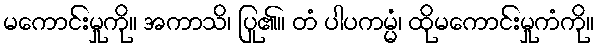
မကောင်းမှုကို။ အကာသိ၊ ပြု၏။ တံ ပါပကမ္မံ၊ ထိုမကောင်းမှုကံကို။